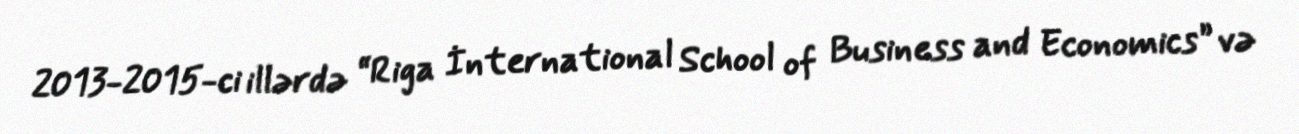
2013-2015-ci illərdə “Riga İnternational School of Business and Economics” və